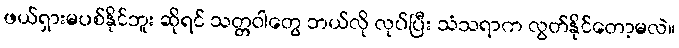
ဖယ်ရှားမပစ်နိုင်ဘူး ဆိုရင် သတ္တဝါတွေ ဘယ်လို လုပ်ပြီး သံသရာက လွတ်နိုင်တော့မလဲ။